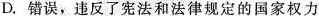
D.错误，违反了宪法和法律规定的国家权力